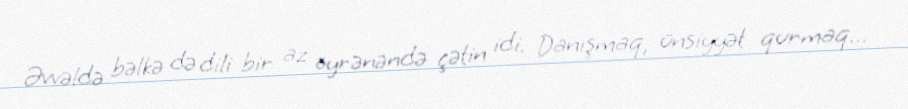
Əvvəldə bəlkə də dili bir az öyrənəndə çətin idi. Danışmaq, ünsiyyət qurmaq...